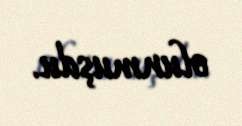
olunmuşdu.